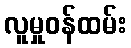
လူမှုဝန်ထမ်း